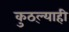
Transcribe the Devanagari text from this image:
कुठ्ल्याही